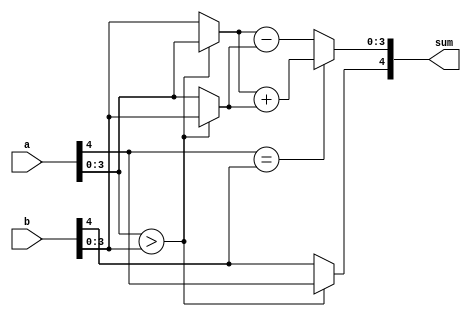
`timescale 1ns / 1ps
//////////////////////////////////////////////////////////////////////////////////
// Company: 
// Engineer: 
// 
// Design Name: 
// Module Name:    sign_mag_add 
// Project Name: 
// Target Devices: 
// Tool versions: 
// Description: 
//
// Dependencies: 
//
// Revision: 
// Revision 0.01 - File Created
// Additional Comments: 
//
//////////////////////////////////////////////////////////////////////////////////
module sign_mag_add
   #( parameter N = 4) 
	(
    input wire[N:0] a,b,
	 output reg[N:0] sum
    );
	 
	 //signal declaration
	 reg[N-1:0] max, min, mag_a, mag_b, mag_sum;
	 reg sign_a, sign_b, sign_sum;
	 
	 //body
	 always @*
	  begin
	  mag_a = a[N-1:0];
	  mag_b = b[N-1:0];
	  sign_a = a[N];
	  sign_b = b[N];
	  
	  if(mag_a > mag_b)
	   begin
		max = mag_a;
		min = mag_b;
		sign_sum = sign_a;
		end
		
	  else
	   begin
		max = mag_b;
		min = mag_a;
		sign_sum = sign_b;
	   end
		
	  if(sign_a == sign_b)
	   mag_sum = max + min;
	  else
	   mag_sum = max - min;
		
		sum = {sign_sum , mag_sum};
	  end
endmodule